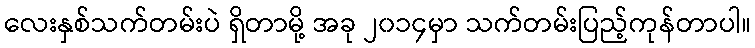
လေးနှစ်သက်တမ်းပဲ ရှိတာမို့ အခု ၂၀၁၄မှာ သက်တမ်းပြည့်ကုန်တာပါ။